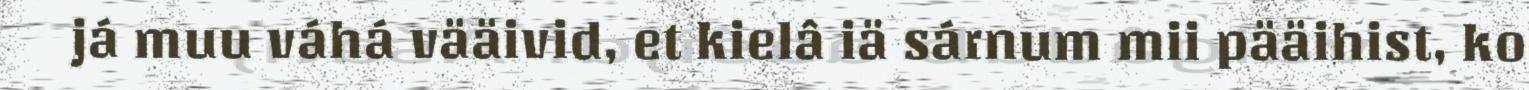
já muu váhá vääivid, et kielâ iä sárnum mii pääihist, ko